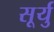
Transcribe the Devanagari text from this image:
सूर्यु